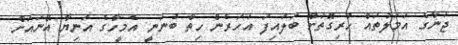
ޖަނާގެ އަމަލުތައް ހުރިގޮތަށް ބަލައިފަ އަހަރެން ހިތް ބުނަނީ އެމީހާގެ އަނިޔާ އޭނައަށް